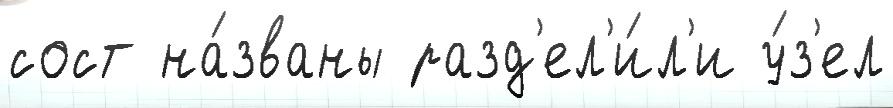
сост на́званы разд'ел'и́л'и у́з'ел